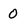
Character: 0